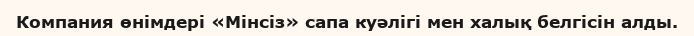
Компания өнімдері «Мінсіз» сапа куәлігі мен халық белгісін алды.